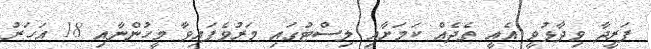
ފަރީދާ ވިދާޅުވީ އެއީ ތެދެއް ކަމަށާއި ލިސްޓުގައި މަރުވެފައިވާ މީހުންނާއި 18 އަހަރު